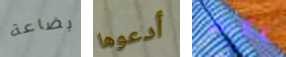
بضاعة أدعوها يمكنك